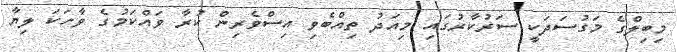
މިބިލްގެ މަގުސަދަކީ ސަރުކާރުގައި މިއަދު ތިއްބެވި އިސްވެރިން ކުރާ ވައްކަމުގެ ވާހަކަ ލިޔާ